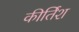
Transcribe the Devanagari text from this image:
कीर्तिश